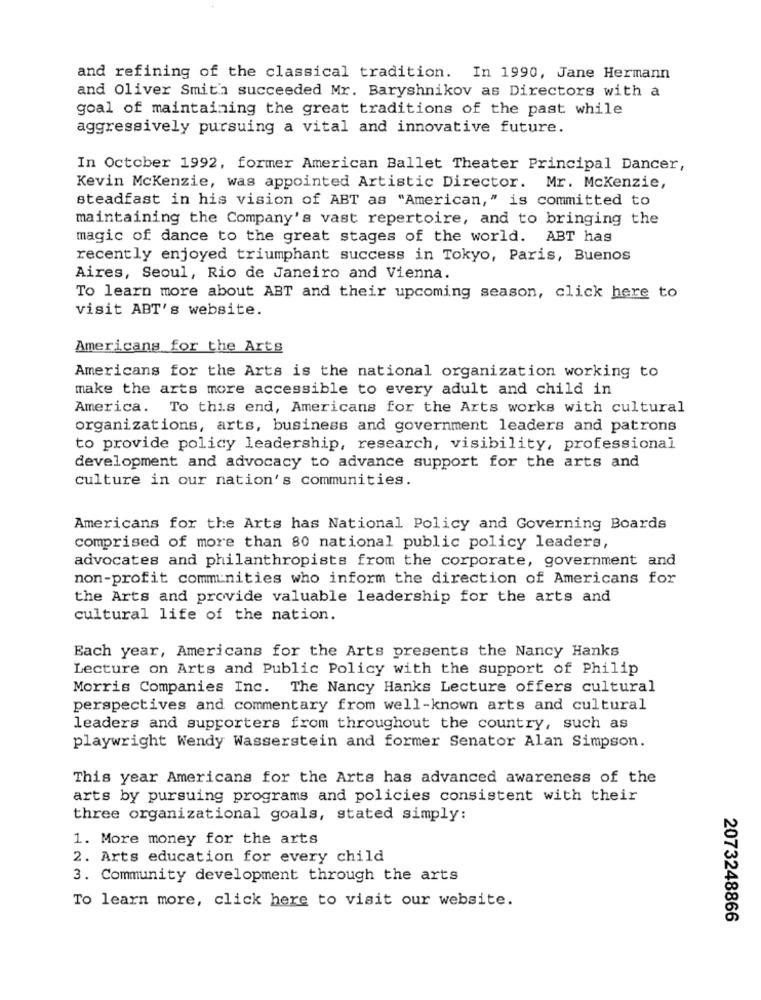
and refining of the classical tradition. In 1990, Jane Hermann
and Oliver Smith succeeded Mr. Baryshnikov as Directors with a
goal of maintaining the great traditions of the past while
aggressively pursuing a vital and innovative future.
In October 1992, former American Ballet Theater Principal Dancer,
Kevin Mckenzie, was appointed Artistic Director. Mr. Mckenzie,
steadfast in his vision of ABT as "American," is committed to
maintaining the Company's vast repertoire, and to bringing the
magic of dance to the great stages of the world. ABT has
recently enjoyed triumphant success in Tokyo, Paris, Buenos
Aires, Seoul, Rio de Janeiro and Vienna.
To learn more about ABT and their upcoming season, click here to
visit ABT's website.
Americans for the Arts
Americans for the Arts is the national organization working to
make the arts more accessible to every adult and child in
America. To this end, Americans for the Arts works with cultural
organizations, arts, business and government leaders and patrons
to provide policy leadership, research, visibility, professional
development and advocacy to advance support for the arts and
culture in our nation's communities.
Americans for the Arts has National Policy and Governing Boards
comprised of more than 80 national public policy leaders,
advocates and philanthropists from the corporate, government and
non-profit communities who inform the direction of Americans for
the Arts and provide valuable leadership for the arts and
cultural life of the nation.
Each year, Americans for the Arts presents the Nancy Hanks
Lecture on Arts and Public Policy with the support of Philip
Morris Companies Inc. The Nancy Hanks Lecture offers cultural
perspectives and commentary from well-known arts and cultural
leaders and supporters from throughout the country, such as
playwright Wendy Wasserstein and former Senator Alan Simpson.
This year Americans for the Arts has advanced awareness of the
arts by pursuing programs and policies consistent with their
three organizational goals, stated simply:
1. More money for the arts
2. Arts education for every child
3. Community development through the arts
To learn more, click here to visit our website.
2073248866